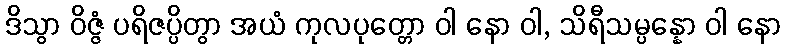
ဒိသွာ ဝိဇ္ဇံ ပရိဇပ္ပိတွာ အယံ ကုလပုတ္တော ဝါ နော ဝါ, သိရီသမ္ပန္နော ဝါ နော